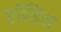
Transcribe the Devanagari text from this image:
एविंडेंस